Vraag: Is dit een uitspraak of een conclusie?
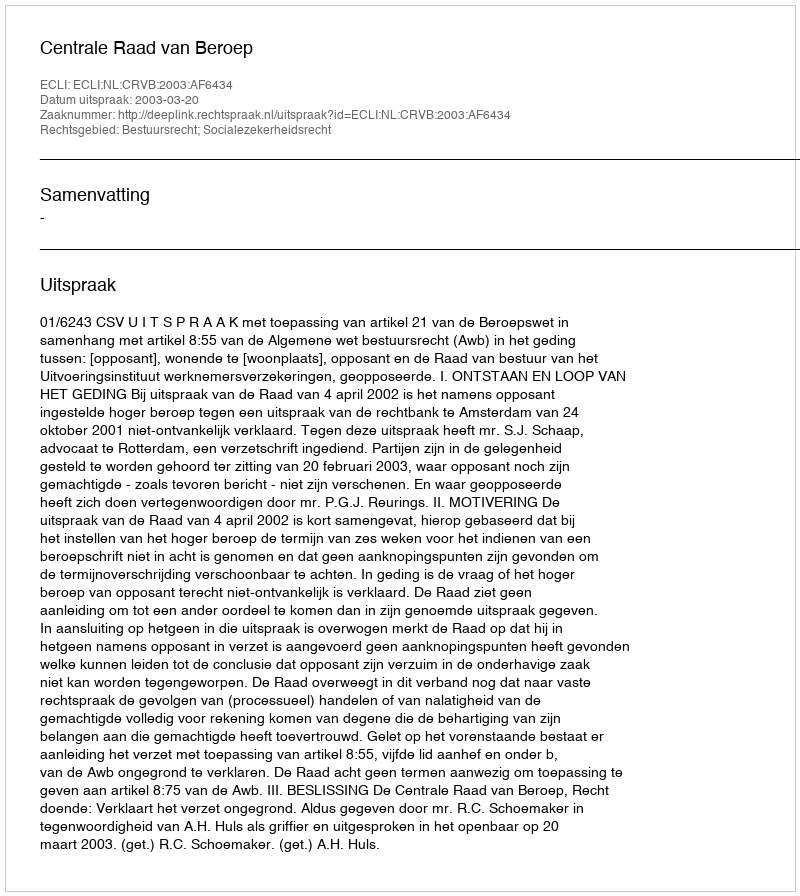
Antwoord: Uitspraak